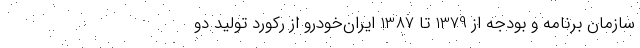
سازمان برنامه و بودجه از 1379 تا 1387 ایران‌خودرو از رکورد تولید دو